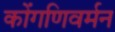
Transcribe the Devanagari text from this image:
कोंगणिवर्मन